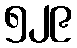
၅၂၉